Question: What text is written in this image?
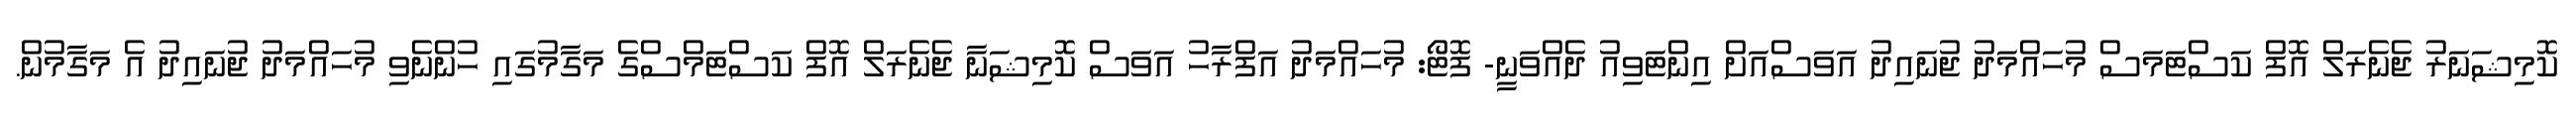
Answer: ކޮމިޝަނަރު ޖެނެރަލް އޮފް ކަސްޓަމަސް މުހައްމަދު ޖުނައިދު އަވަސްއަށް އިންޓަވިއު ދެއްވަނީ- ފޮޓޯ: މުހައްމަދު އަފްރާހު އަވަސް ކޮމިޝަނާ ޖެނެރަލް އޮފް ކަސްޓަމްސްގެ މަގާމުގައި ހުންނެވި މުހައްމަދު ޖުނައިދު އެ މަގާމުން.